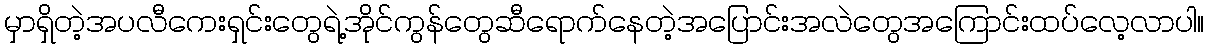
မှာရှိတဲ့အပလီကေးရှင်းတွေရဲ့အိုင်ကွန်တွေဆီရောက်နေတဲ့အပြောင်းအလဲတွေအကြောင်းထပ်လေ့လာပါ။